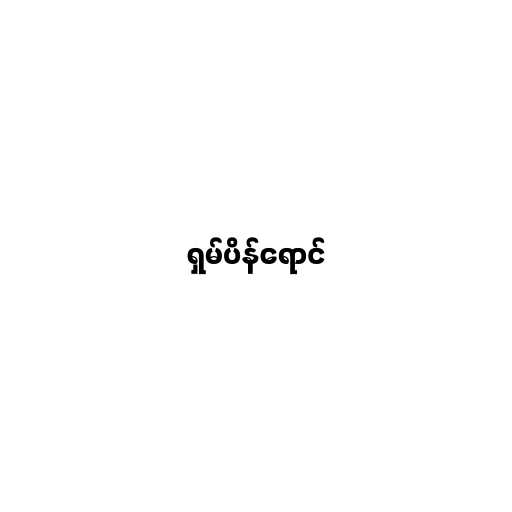
ရှမ်ပိန်ရောင်